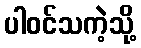
ပါဝင်သကဲ့သို့